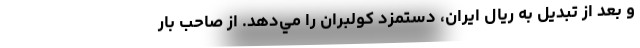
و بعد از تبديل به ريال ايران، دستمزد كولبران را مي‌دهد. از صاحب بار